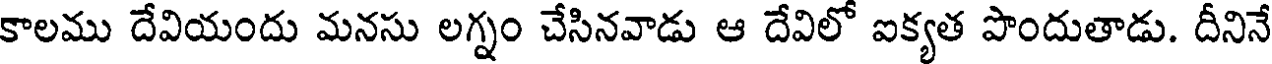
కాలము దేవియందు మనసు లగ్నం చేసినవాడు ఆ దేవిలో ఐక్యత పొందుతాడు. దీనినే